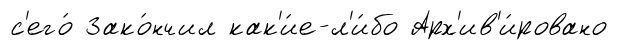
с'его́ Зако́нчил как'и́е-л'и́бо Арх'ив'и́ровано